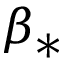
\beta _ { * }